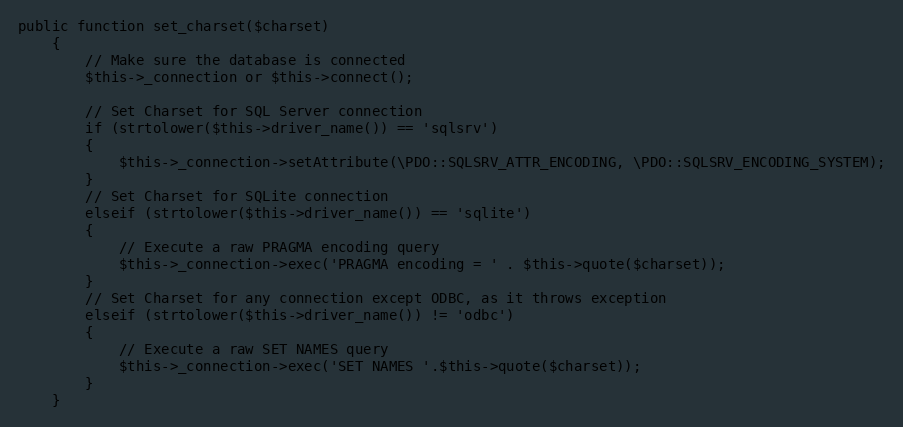
Language: PHP
public function set_charset($charset)
	{
		// Make sure the database is connected
		$this->_connection or $this->connect();

		// Set Charset for SQL Server connection
		if (strtolower($this->driver_name()) == 'sqlsrv')
		{
			$this->_connection->setAttribute(\PDO::SQLSRV_ATTR_ENCODING, \PDO::SQLSRV_ENCODING_SYSTEM);
		}
		// Set Charset for SQLite connection
		elseif (strtolower($this->driver_name()) == 'sqlite')
		{
			// Execute a raw PRAGMA encoding query
			$this->_connection->exec('PRAGMA encoding = ' . $this->quote($charset));
		}
		// Set Charset for any connection except ODBC, as it throws exception
		elseif (strtolower($this->driver_name()) != 'odbc')
		{
			// Execute a raw SET NAMES query
			$this->_connection->exec('SET NAMES '.$this->quote($charset));
		}
	}